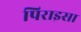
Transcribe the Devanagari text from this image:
पिराइसा